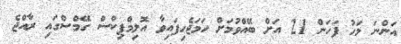
އަންނަ މަހު ފަހަން 21 އަށް ބޭއްވުމަށް ހަމަޖެހިފައިވާ އޮލިމްޕިކްސް ގޭމްސްގައި ރާއްޖެ